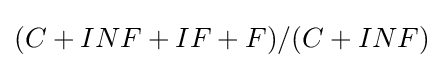
(C+INF+IF+F)/(C+INF)